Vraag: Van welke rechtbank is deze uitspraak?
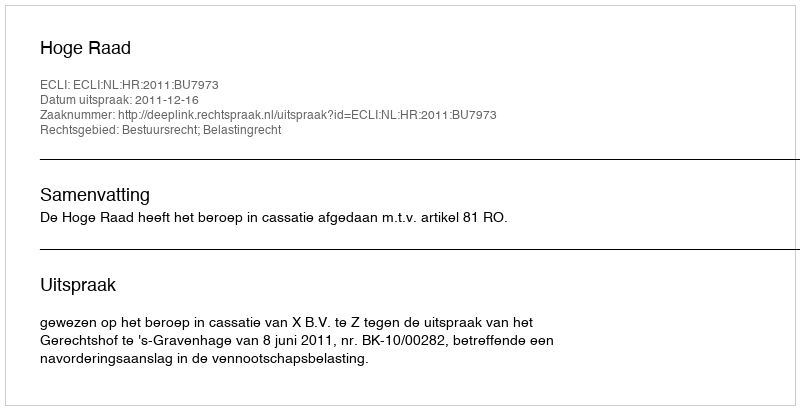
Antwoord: Hoge Raad